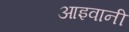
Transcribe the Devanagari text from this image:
आइवानी